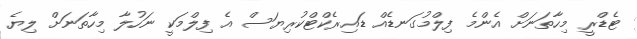
ޓެޑްރީ މިހާތަނަށް އެންމެ ފިލްމުގަނޑެއް ޑައިރެކްޓްކުރިޔަސް އެ ފިލްމަކީ ނަހުލާ މިހާތަނަށް ލިޔެ